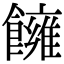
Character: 𩟀